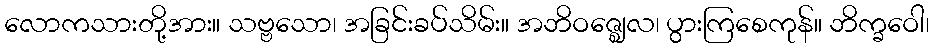
လောကသားတို့အား။ သဗ္ဗသော၊ အခြင်းခပ်သိမ်း။ အဘိဝဇ္ဈေလ၊ ပွားကြစေကုန်။ ဘိက္ခဝေါ၊